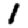
Digit: 1